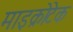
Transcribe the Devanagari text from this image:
माइक्रोटेक